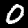
Digit: 0